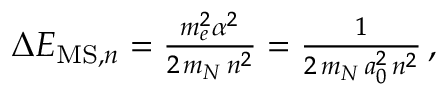
\begin{array} { r } { \Delta E _ { \mathrm { M S } , n } = \frac { m _ { e } ^ { 2 } \alpha ^ { 2 } } { 2 \, m _ { N } \, n ^ { 2 } } = \frac { 1 } { 2 \, m _ { N } \, a _ { 0 } ^ { 2 } \, n ^ { 2 } } \, , } \end{array}